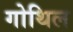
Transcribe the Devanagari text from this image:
गोथिल